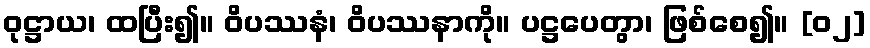
ဝုဋ္ဌာယ၊ ထပြီး၍။ ဝိပဿနံ၊ ဝိပဿနာကို။ ပဋ္ဌပေတွာ၊ ဖြစ်စေ၍။ [၀၂]